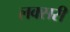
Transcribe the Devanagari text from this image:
लक्सरी